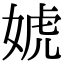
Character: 婋